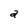
Character: a